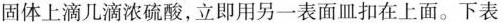
固体上滴几滴浓硫酸，立即用另一表面皿扣在上面。下表